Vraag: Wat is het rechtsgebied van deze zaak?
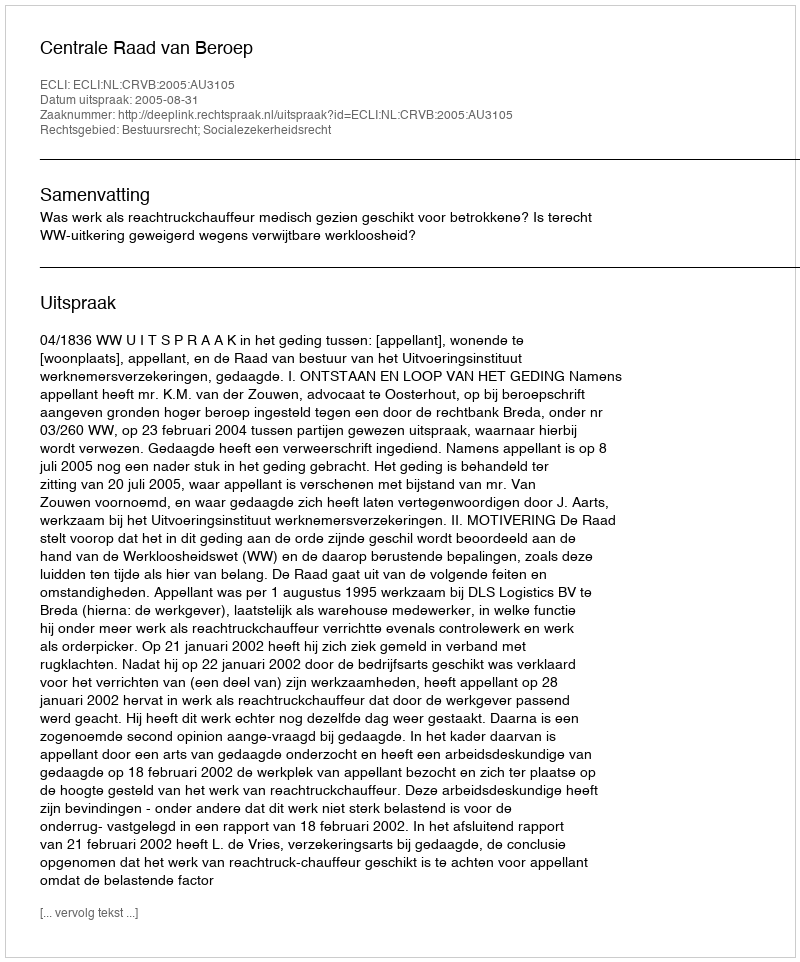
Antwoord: Bestuursrecht; Socialezekerheidsrecht